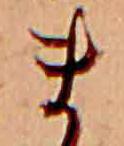
ま